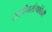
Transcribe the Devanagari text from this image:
तालीमसंस्थांपैकी